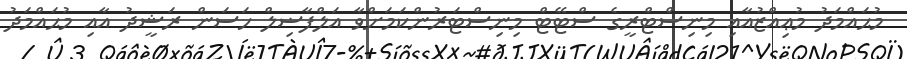
މުޙައްމަދު މުޢިއްޒުއާއި މިނިސްޓްރީގެ ސްޓޭޓް މިނިސްޓަރުންކަމަށްވާ އަލްފާޟިލް ހަސަން ރަޝީދު އާއި މުޙައްމަދު